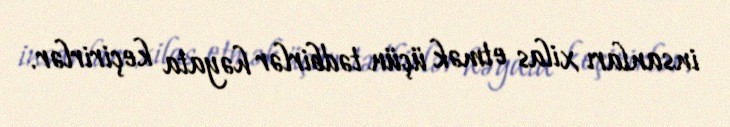
insanları xilas etmək üçün tədbirlər həyata keçirirlər.